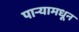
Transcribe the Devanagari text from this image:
पाऱ्यामधून